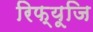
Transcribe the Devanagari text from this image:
रिफ्यूजि